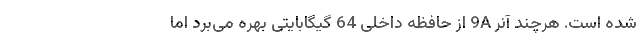
شده است. هرچند آنر 9A از حافظه داخلی 64 گیگابایتی بهره می‌برد اما